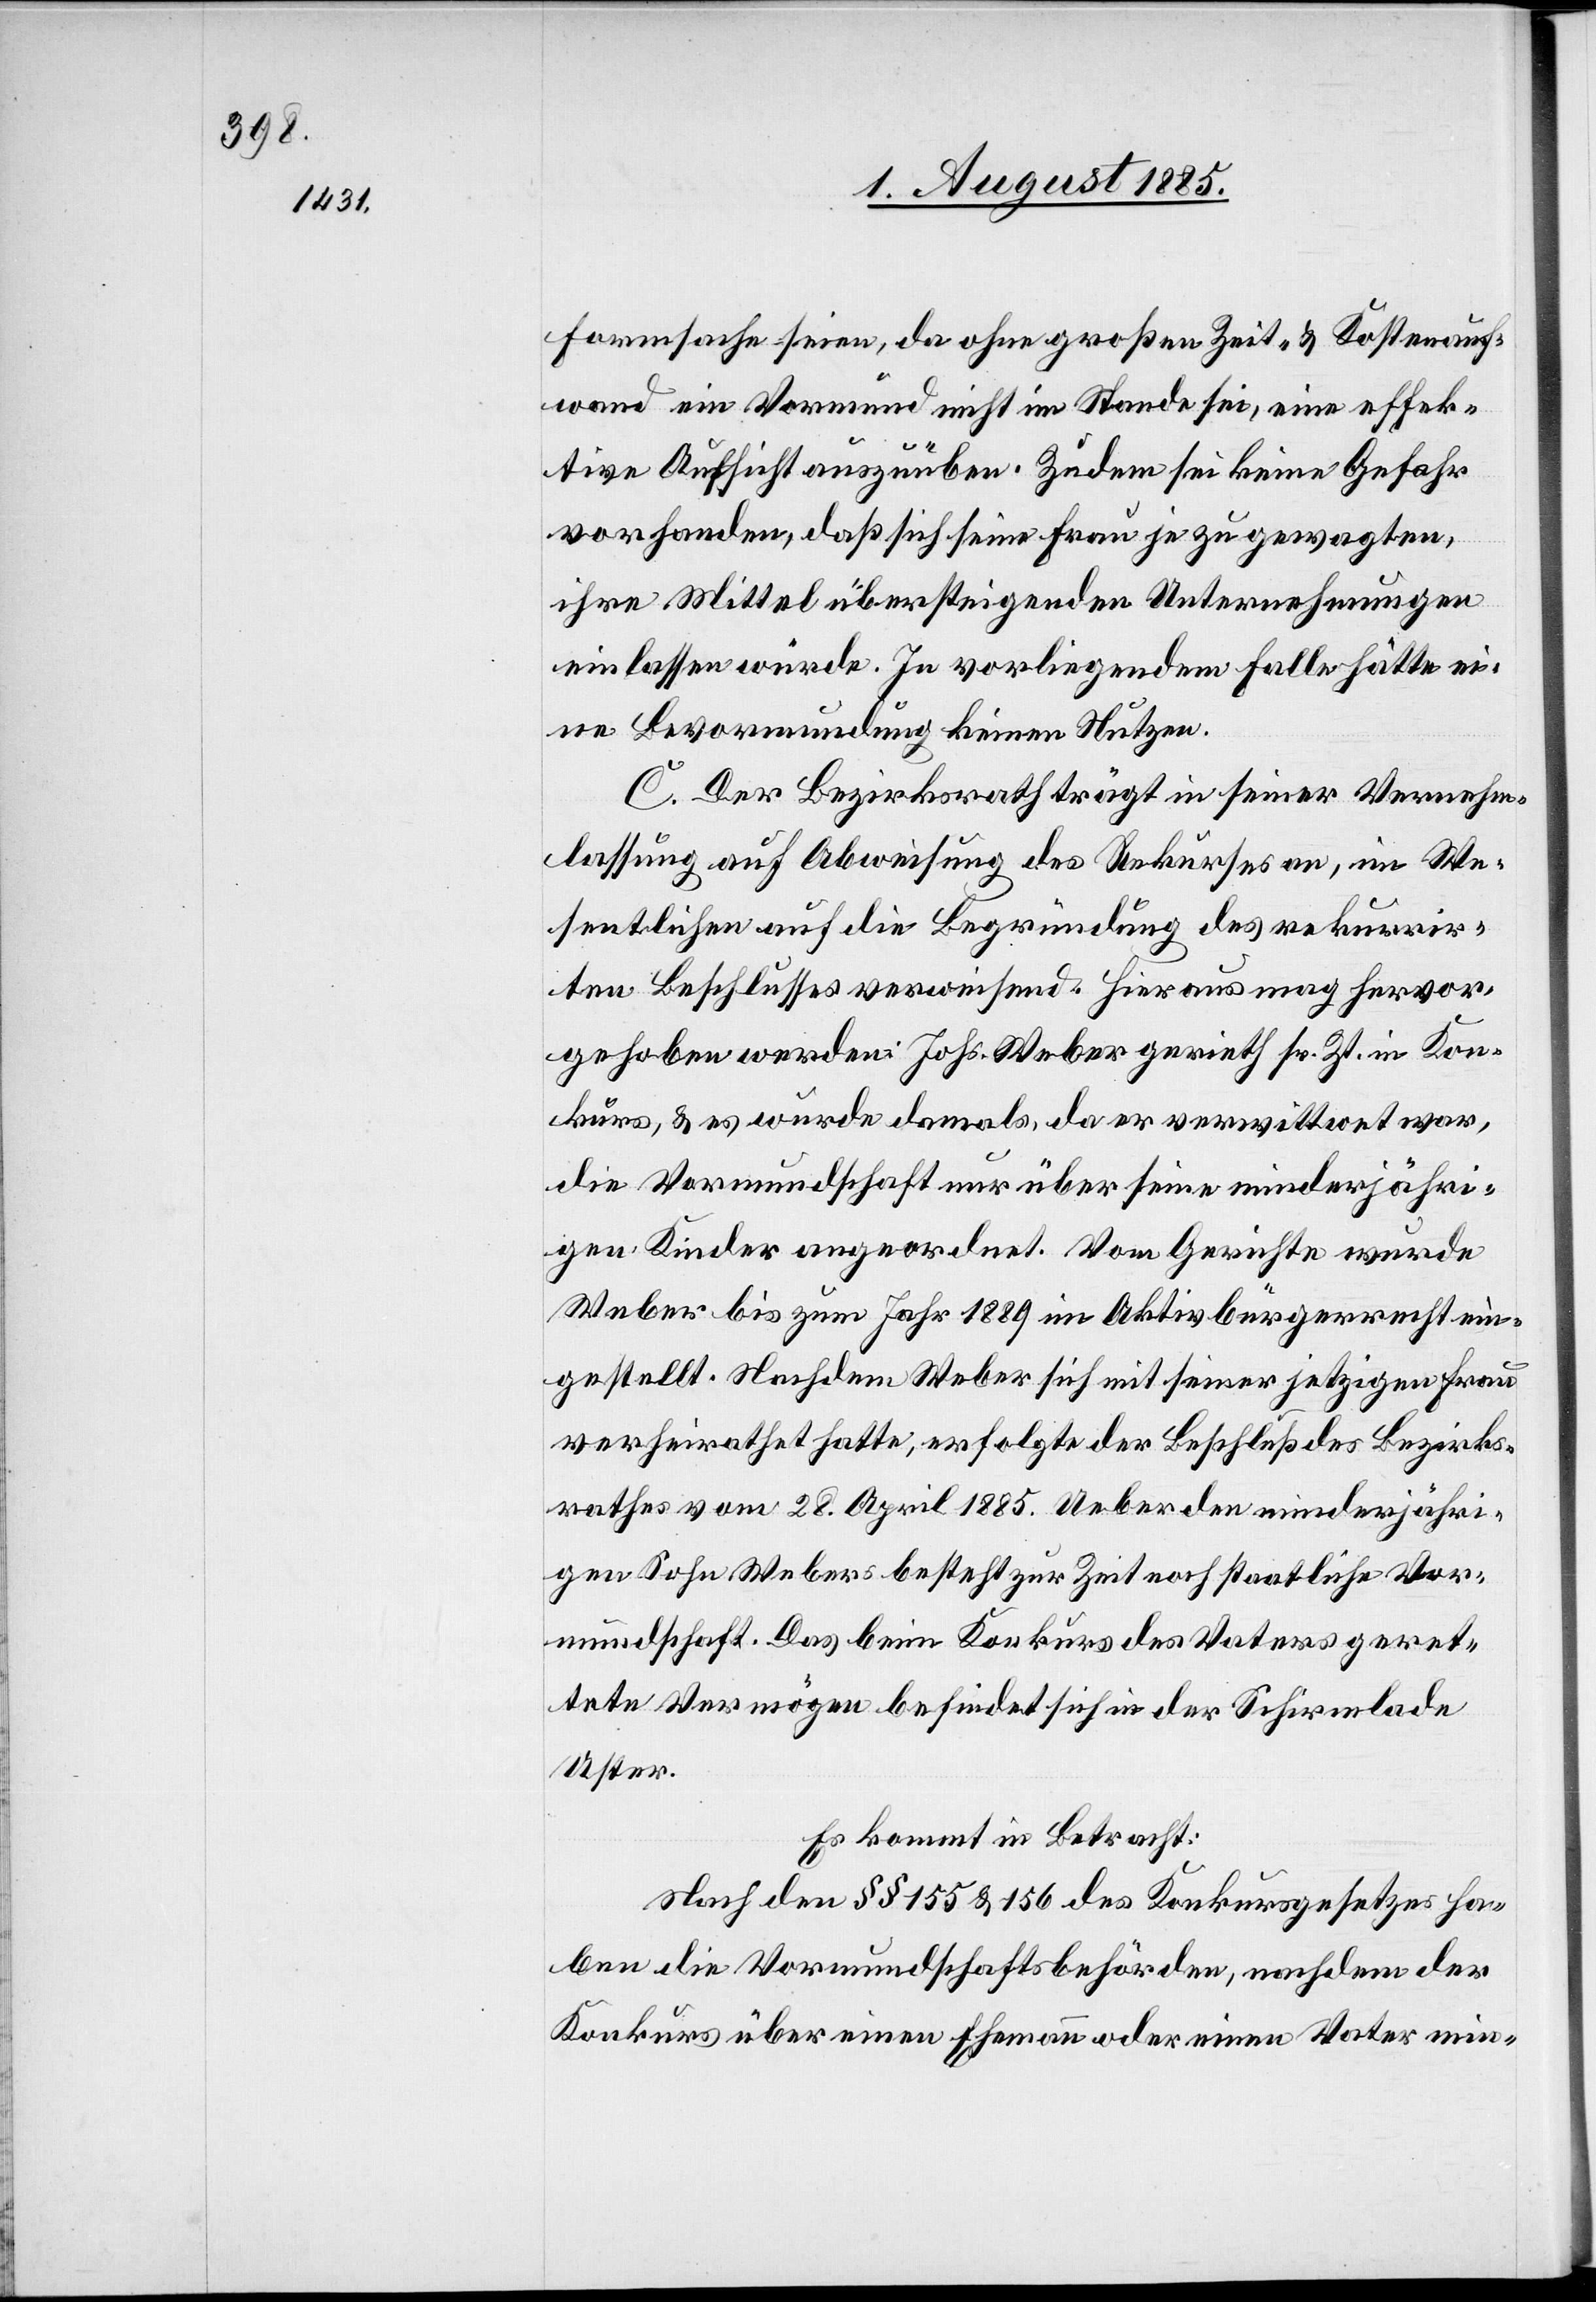
Formsache seien, da ohne großen Zeit- & Kostenauf¬
wand ein Vormund nicht im Stande sei, eine effek¬
tive Aufsicht auszuüben. Zudem sei keine Gefahr
vorhanden, daß sich seine Frau je zu gewagten,
ihre Mittel übersteigenden Unternehmungen
einlassen würde. In vorliegendem Falle hätte ei¬
ne Bevormundung keinen Nutzen.
C. Der Bezirksrath trägt in seiner Vernehm¬
lassung auf Abweisung des Rekurses an, im We¬
sentlichen auf die Begründung des rekurrir¬
ten Beschlusses verweisend. Hieraus mag hervor¬
gehoben werden: Johs. Weber gerieth sr. Zt. in Kon¬
kurs, & es wurde damals, da er verwittwet war,
die Vormundschaft nur über seine minderjähri¬
gen Kinder angeordnet. Vom Gerichte wurde
Weber bis zum Jahr 1889 im Aktivbürgerrecht ein¬
gestellt. Nachdem Weber sich mit seiner jetzigen Frau
verheirathet hatte, erfolgte der Beschluß des Bezirks¬
rathes vom 28. April 1885. Ueber den minderjähri¬
gen Sohn Webers besteht zur Zeit noch staatliche Vor¬
mundschaft. Das beim Konkurs des Vaters geret¬
tete Vermögen befindet sich in der Schirmlade
Uster.
Es kommt in Betracht:
Nach den §§ 155 & 156 des Konkursgesetzes ha¬
ben die Vormundschaftsbehörden, nachdem der
Konkurs über einen Ehemann oder einen Vater min-